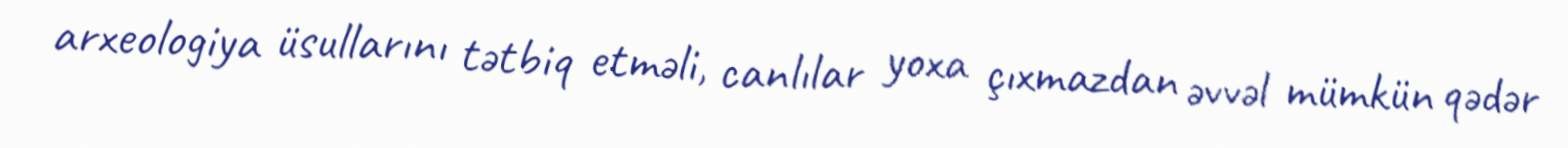
arxeologiya üsullarını tətbiq etməli, canlılar yoxa çıxmazdan əvvəl mümkün qədər